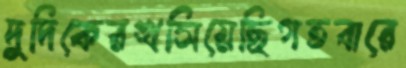
দুদিকেরখসিয়েছিগতবারে